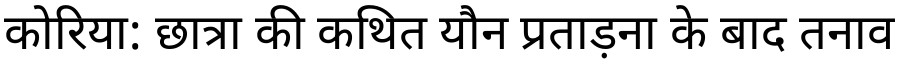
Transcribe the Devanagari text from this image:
कोरिया: छात्रा की कथित यौन प्रताड़ना के बाद तनाव